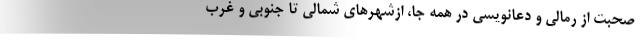
صحبت از رمالی و دعانویسی در همه جا، ازشهرهای شمالی تا جنوبی و غرب